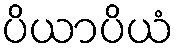
ပိယာပိယံ